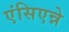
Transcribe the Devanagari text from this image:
एंसिएन्ने